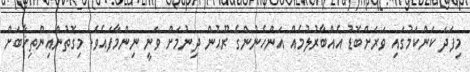
މިފަދަ ކަންކަމުގައި ވަރަށްބޮޑު އެއްބާރުލުމެއް އަންހެނުންގެ ރޫޙުން ދިނުމަށް ވަނީ ނިންމާފައެވެ. މިގޮތުންއިންތިޚާބަށް